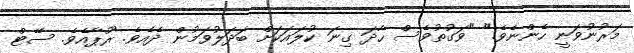
މަރުނުވަނީ ހެންނެވެ." "ވަގުތުވެސް ހާދަ ގިނަ ކުލައަކަށް ބަދަލުވަމުން ދެއެވެ. ރޫޕާއެވެ. ސޭޓް